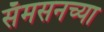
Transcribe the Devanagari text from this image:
सॅमसनच्या